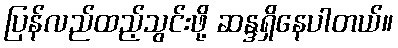
ပြန်လည်ထည့်သွင်းဖို့ ဆန္ဒရှိနေပါတယ်။